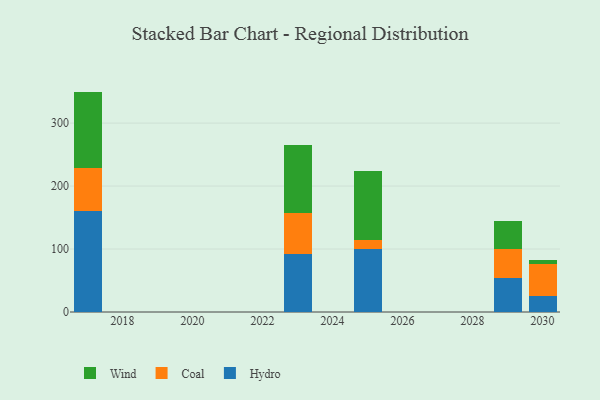
{"axis": {"x": "Year", "y": "Customer Acquisition Cost (USD)"}, "legend": ["Coal", "Hydro", "Wind"], "data": [{"x": "2017", "y": 160.5, "type": "Hydro"}, {"x": "2017", "y": 68.0, "type": "Coal"}, {"x": "2017", "y": 121.5, "type": "Wind"}, {"x": "2030", "y": 24.7, "type": "Hydro"}, {"x": "2030", "y": 51.8, "type": "Coal"}, {"x": "2030", "y": 6.6, "type": "Wind"}, {"x": "2023", "y": 91.7, "type": "Hydro"}, {"x": "2023", "y": 66.0, "type": "Coal"}, {"x": "2023", "y": 107.4, "type": "Wind"}, {"x": "2025", "y": 100.5, "type": "Hydro"}, {"x": "2025", "y": 14.3, "type": "Coal"}, {"x": "2025", "y": 109.1, "type": "Wind"}, {"x": "2029", "y": 54.5, "type": "Hydro"}, {"x": "2029", "y": 45.6, "type": "Coal"}, {"x": "2029", "y": 45.2, "type": "Wind"}]}